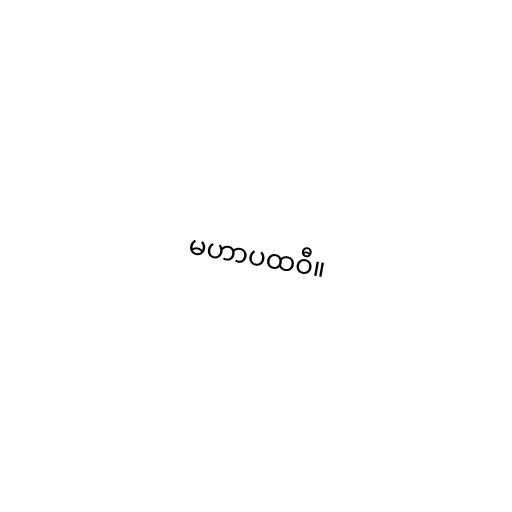
မဟာပထဝီ။